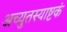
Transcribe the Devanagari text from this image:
अच्युतस्याष्टकं